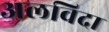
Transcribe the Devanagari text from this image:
अलविदा